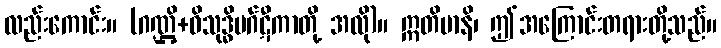
လည်းကောင်း။ (ဂဏ္ဌိ+ဝိသုဒ္ဓိမဂ်ဋီကာတို့ အလို)။ ဣတိမာနိ၊ ဤအကြောင်းတရားတို့သည်။